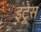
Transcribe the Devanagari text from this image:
इंट्रेस